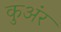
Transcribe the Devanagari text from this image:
कुअंर